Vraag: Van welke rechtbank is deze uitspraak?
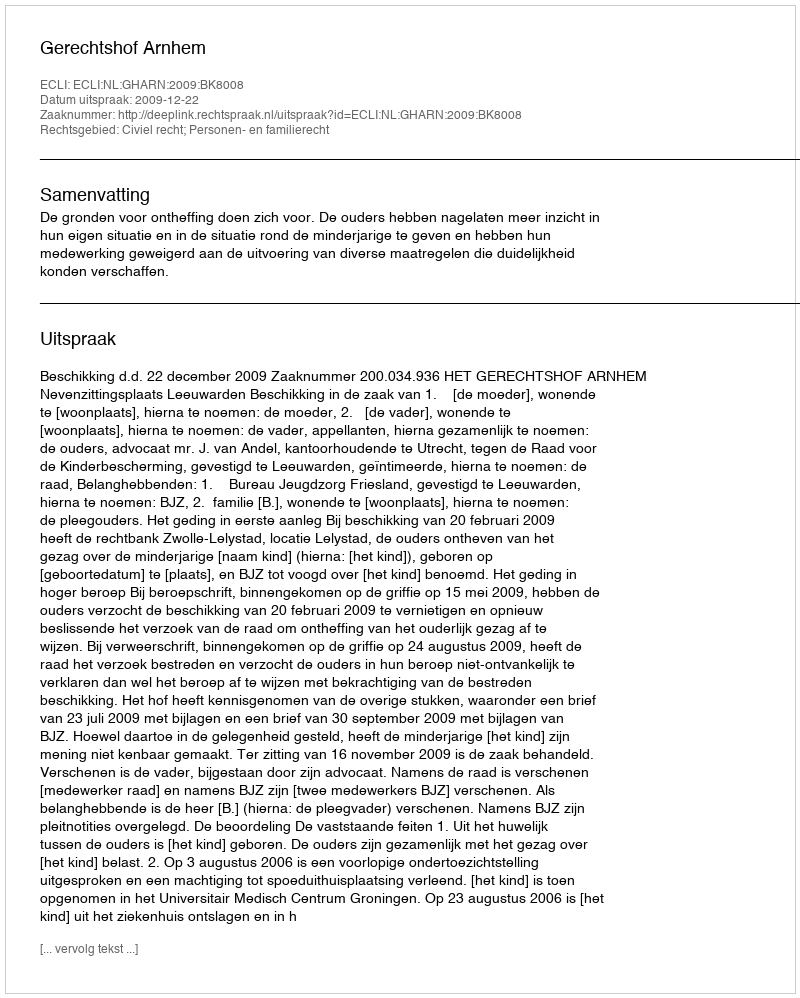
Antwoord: Gerechtshof Arnhem